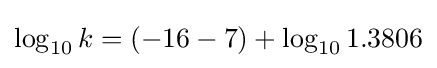
\log _{10}k=(-16-7)+\log _{10}1.3806